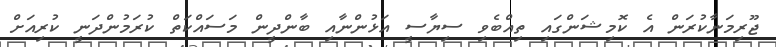
ޖޫރިމަނާކުރަން އެ ކޮމިޝަންގައި ތިއްބެވި ސިޔާސީ އަޅުންނާއި ބާންދީން މަސައްކަތް ކުރަމުންދަނީ ކުރިއަށް